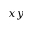
x y